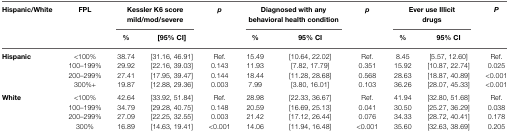
<table><thead><tr><td><b>Hispanic/White</b></td><td><b>FPL</b></td><td colspan="2"><b>Kessler K6 score mild/mod/severe</b></td><td><b><i>p</i></b></td><td colspan="2"><b>Diagnosed with any behavioral health condition</b></td><td><b><i>p</i></b></td><td colspan="2"><b>Ever use Illicit drugs</b></td><td><b><i>P</i></b></td></tr><tr><td></td><td></td><td><b>%</b></td><td><b>[95% CI]</b></td><td></td><td><b>%</b></td><td><b>95% CI</b></td><td></td><td><b>%</b></td><td><b>95% CI</b></td><td></td></tr></thead><tbody><tr><td><b>Hispanic</b></td><td>&lt;100%</td><td>38.74</td><td>[31.16, 46.91]</td><td>Ref.</td><td>15.49</td><td>[10.64, 22.02]</td><td>Ref.</td><td>8.45</td><td>[5.57, 12.60]</td><td>Ref.</td></tr><tr><td></td><td>100–199%</td><td>29.92</td><td>[22.16, 39.03]</td><td>0.143</td><td>11.93</td><td>[7.82, 17.79]</td><td>0.351</td><td>15.92</td><td>[10.87, 22.74]</td><td>0.025</td></tr><tr><td></td><td>200–299%</td><td>27.41</td><td>[17.95, 39.47]</td><td>0.144</td><td>18.44</td><td>[11.28, 28.68]</td><td>0.568</td><td>28.63</td><td>[18.87, 40.89]</td><td>&lt;0.001</td></tr><tr><td></td><td>300%+</td><td>19.87</td><td>[12.88, 29.36]</td><td>0.003</td><td>7.99</td><td>[3.80, 16.01]</td><td>0.103</td><td>36.26</td><td>[28.07, 45.33]</td><td>&lt;0.001</td></tr><tr><td><b>White</b></td><td>&lt;100%</td><td>42.64</td><td>[33.92, 51.84]</td><td>Ref.</td><td>28.98</td><td>[22.33, 36.67]</td><td>Ref.</td><td>41.94</td><td>[32.80, 51.68]</td><td>Ref.</td></tr><tr><td></td><td>100–199%</td><td>34.79</td><td>[29.28, 40.75]</td><td>0.148</td><td>20.59</td><td>[16.69, 25.13]</td><td>0.041</td><td>30.50</td><td>[25.27, 36.29]</td><td>0.038</td></tr><tr><td></td><td>200–299%</td><td>27.09</td><td>[22.25, 32.55]</td><td>0.003</td><td>21.42</td><td>[17.12, 26.44]</td><td>0.076</td><td>34.33</td><td>[28.72, 40.41]</td><td>0.178</td></tr><tr><td></td><td>300%</td><td>16.89</td><td>[14.63, 19.41]</td><td>&lt;0.001</td><td>14.06</td><td>[11.94, 16.48]</td><td>&lt;0.001</td><td>35.60</td><td>[32.63, 38.69]</td><td>0.205</td></tr></tbody></table>